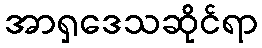
အာရှဒေသဆိုင်ရာ